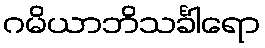
ဂမိယာဘိသင်္ခါရော